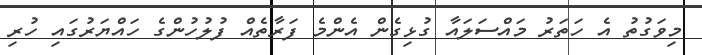
މިވަގުތު އެ ހަތަރު މައްސަލައާ ގުޅިގެން އެންމެ ފަރާތެއް ފުލުހުންގެ ހައްޔަރުގައި ހުރި